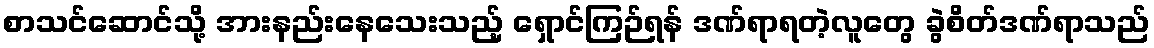
စာသင်ဆောင်သို့ အားနည်းနေသေးသည့် ရှောင်ကြဉ်ရန် ဒဏ်ရာရတဲ့လူတွေ ခွဲစိတ်ဒဏ်ရာသည်